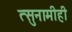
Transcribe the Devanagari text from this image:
त्सुनामीही